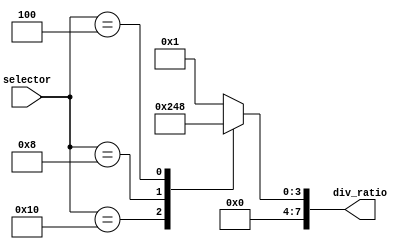
module custom_mux(
					input [5:0] selector,
					output reg[7:0] div_ratio 
					);
always @(*) begin
	case (selector)
		6'b100000 : div_ratio = 8'b1;
		6'b010000 : div_ratio = 8'b0000_0010;
		6'b001000 : div_ratio = 8'b0000_0100;
		6'b000100 : div_ratio = 8'b0000_1000;
		default : div_ratio = 8'b0000_0001;
	endcase
end

endmodule